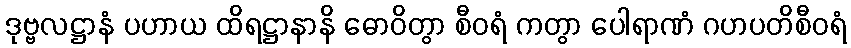
ဒုဗ္ဗလဋ္ဌာနံ ပဟာယ ထိရဋ္ဌာနာနိ ဓောဝိတွာ စီဝရံ ကတွာ ပေါရာဏံ ဂဟပတိစီဝရံ